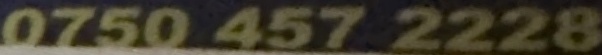
0750 457 2228